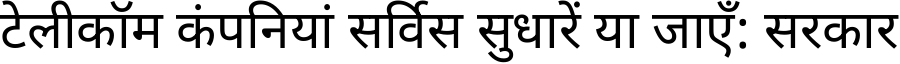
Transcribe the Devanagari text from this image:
टेलीकॉम कंपनियां सर्विस सुधारें या जाएँ: सरकार